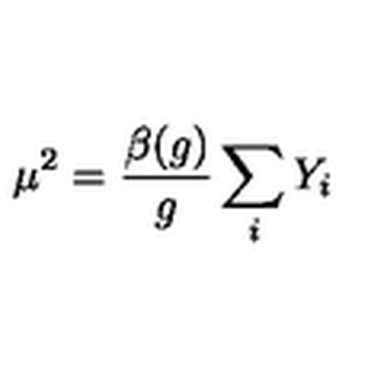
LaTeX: \mu ^ { 2 } = \frac { \beta ( g ) } { g } \sum _ { i } Y _ { i }